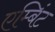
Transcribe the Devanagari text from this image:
एम्बिंट